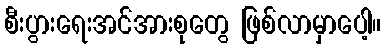
စီးပွားရေးအင်အားစုတွေ ဖြစ်လာမှာပေါ့။